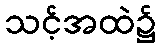
သင့်အထဲ၌